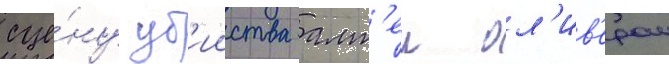
сце́ну уб'ииства алт'еи ол'ив'ером